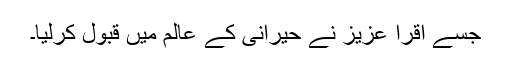
جسے اقرا عزیز نے حیرانی کے عالم میں قبول کرلیا۔